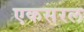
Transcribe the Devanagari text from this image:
एकसरल